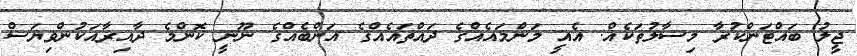
ޖީލު ބައްޓަންކުރާ މިސާލުތަކެއް. އެއީ މަންމައެއްގެ ދައްތައެއްގެ އަންބެއްގެ ނޫނީ ކޮންމެ ދާއިރާއަކުންވިޔަސް